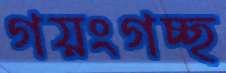
গয়ংগচ্ছ